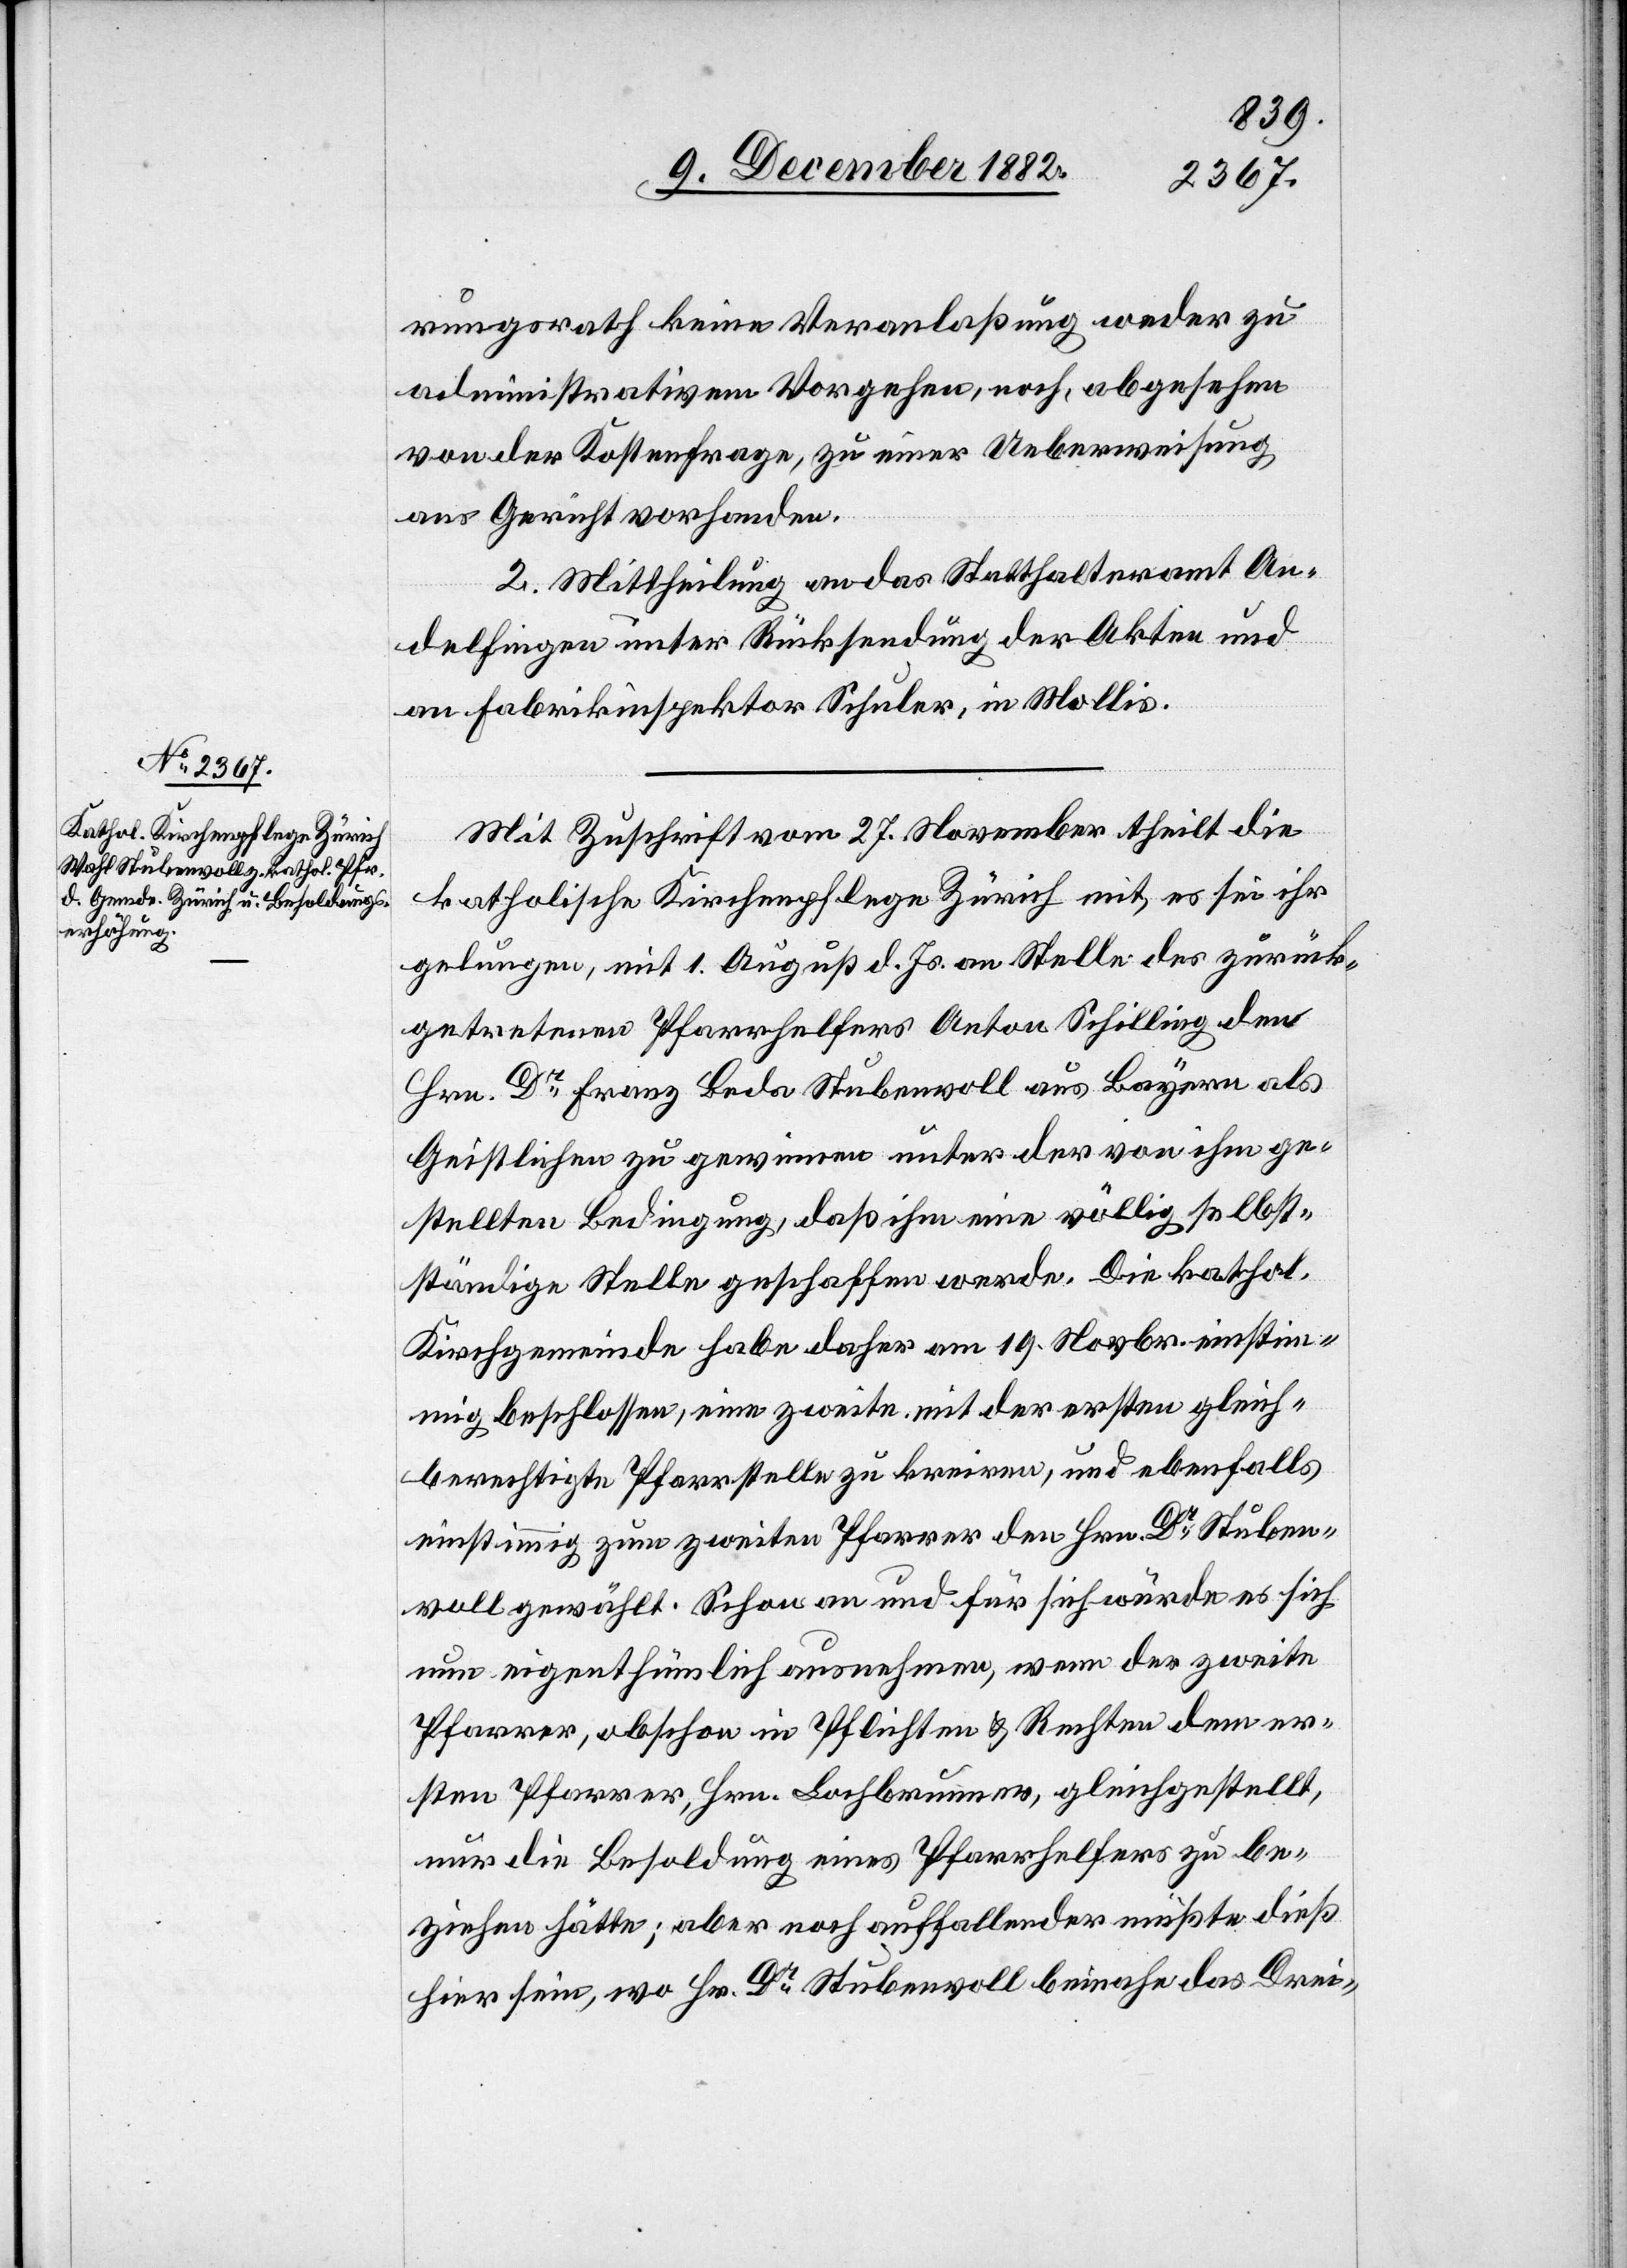
rungsrath keine Veranlaßung weder zu
administrativem Vorgehen, noch, abgesehen
von der Kostenfrage, zu einer Ueberweisung
ans Gericht vorhanden.
2. Mittheilung an das Statthalteramt An¬
delfingen unter Rücksendung der Akten und
an Fabrikinspektor Schuler, in Mollis.
Mit Zuschrift vom 27. November theilt die
katholische Kirchenpflege Zürich mit, es sei ihr
gelungen, mit 1. August d. Js. an Stelle des zurück¬
getretenen Pfarrhelfers Anton Schilling den
Hrn. Dr Franz Beda Stubenwoll aus Bayern als
Geistlichen zu gewinnen unter der von ihm ge¬
stellten Bedingung, daß ihm eine völlig selbst¬
ständige Stelle geschaffen werde. Die kathol.
Kirchgemeinde habe daher am 19. Novbr. einstim¬
mig beschlossen, eine zweite mit der ersten gleich¬
berechtigte Pfarrstelle zu kreiren, und ebenfalls
einstimmig zum zweiten Pfarrer den Hrn. Dr Stuben¬
woll gewählt. Schon an und für sich würde es sich
nun eigenthümlich ausnehmen, wenn der zweite
Pfarrer, obschon in Pflichten & Rechten dem er¬
sten Pfarrer, Hrn. Lochbrunner, gleichgestellt,
nur die Besoldung eines Pfarrhelfers zu be¬
ziehen hätte; aber noch auffallender müßte dieß
hier sein, wo Hr. Dr Stubenwoll beinahe das Drei-